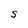
Character: S